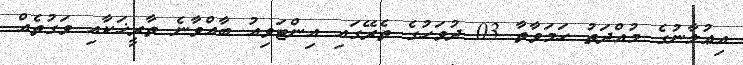
އިޢުލާނުގެ މުއްދަތު ހަމަވާތާ 03 ދުވަހުގެ ތެރޭގައި އިންޓަވިއު ބާއްވާނެ ތާރީޚަކާއި ވަގުތެއް